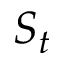
S _ { t }